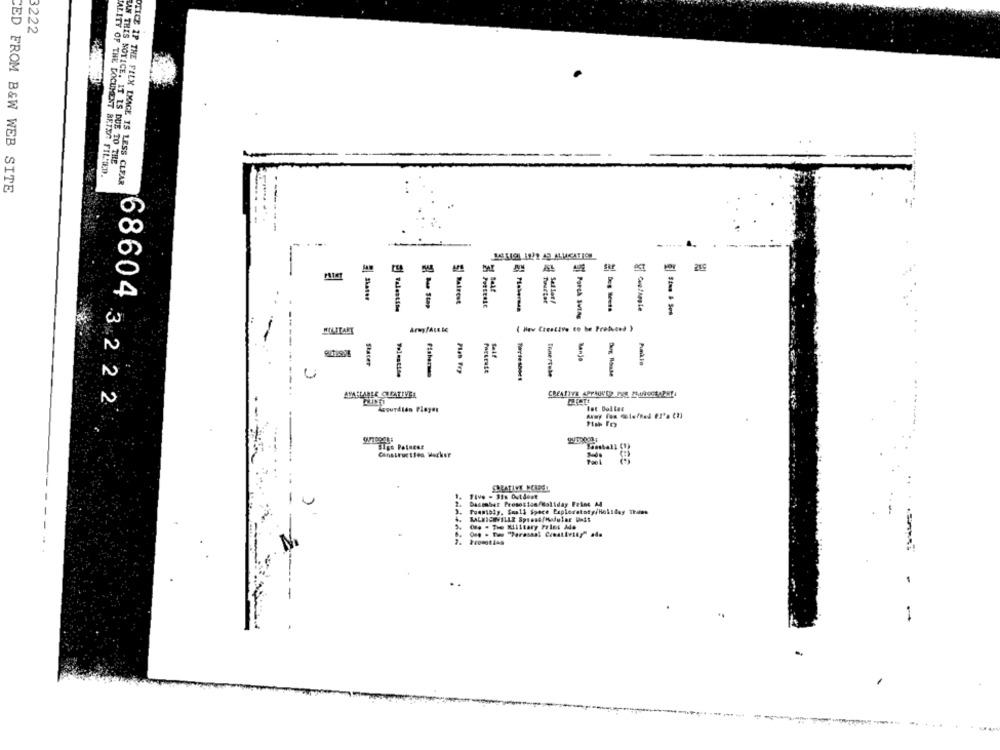
3222
LAN THIS NOTICE. IT IS DUE TO THE
TALITY OF THE DOCUMENT BETEG FILTED.
OTICE IP THE FELX IMAGE IS LESS CLEAR
CED FROM B&W WEB SITE
--
----
TE
Ratrest
bus Stop
If PORLA SVINE
( New Creative to be Produced }
Self
Stater
Innertube
Bug Blouse
Terr sesboes
AMAHLABLE CREATIVE
CREATIVE APPAOVER PRE 2009OGSAPHY
68604 322 2
Asourdies Player
Constructies Hecker
Tive - 3is Outdest
Dacember Prososion/Saliday Feint M
4.
RALEIGHVILLE SpResAfModular Weit
Ole . The Military Fries Ada
Que . Twe "Perasadl Creativity" ada
2.
1